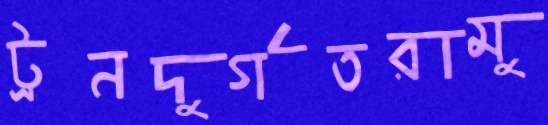
ট্রনদুর্গতরামু